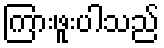
ကြားဖူးပါသည်